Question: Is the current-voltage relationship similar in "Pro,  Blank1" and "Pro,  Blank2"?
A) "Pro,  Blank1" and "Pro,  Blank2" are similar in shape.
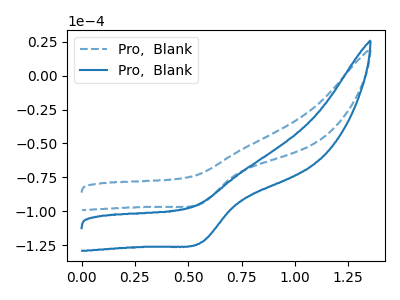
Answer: <think>The blue dashed curve "Pro,  Blank1" has a cathodic peak at: (0.55V, -94.35uA). The blue curve "Pro,  Blank2" has a cathodic peak at: (0.55V, -123.00uA).
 All the peaks in "Pro,  Blank1" have a peak in "Pro,  Blank2" at the same potential. Every peak in "Pro,  Blank1" is lower than every peak in "Pro,  Blank2".</think>
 <answer>A) "Pro,  Blank1" and "Pro,  Blank2" are similar in shape.</answer>
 <eval>A</eval>